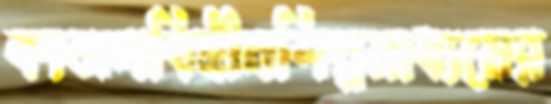
কাজলবিহীনশিল্পমাধ্যমের